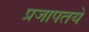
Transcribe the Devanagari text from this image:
प्रजापतये